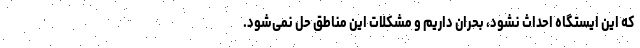
که این ایستگاه احداث نشود، بحران داریم و مشکلات این مناطق حل نمی‌شود.